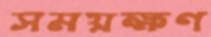
সময়ক্ষণ